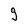
Character: 9